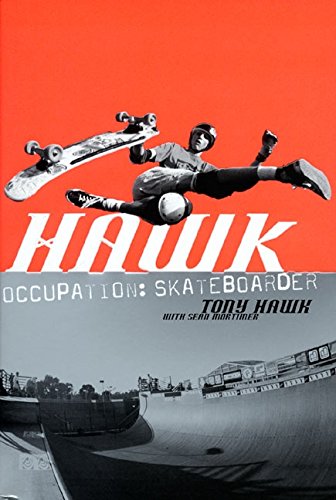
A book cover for Hawk: Occupation: Skateboarder; Tony Hawk; Sports & Outdoors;